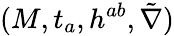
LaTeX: (M,t_{a},h^{ab},\tilde{\nabla})